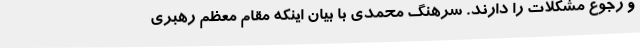
و رجوع مشکلات را دارند. سرهنگ محمدی با بیان اینکه مقام معظم رهبری